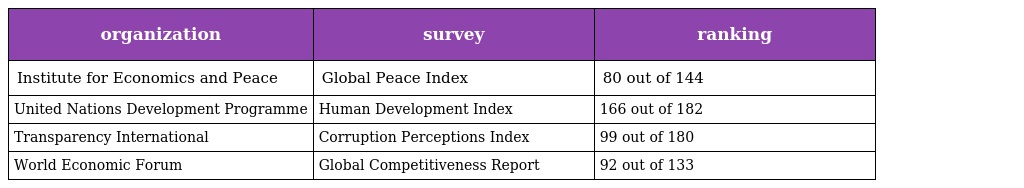
| organization | survey | ranking |
 | --- | --- | --- |
 | Institute for Economics and Peace | Global Peace Index | 80 out of 144 |
 | United Nations Development Programme | Human Development Index | 166 out of 182 |
 | Transparency International | Corruption Perceptions Index | 99 out of 180 |
 | World Economic Forum | Global Competitiveness Report | 92 out of 133 |